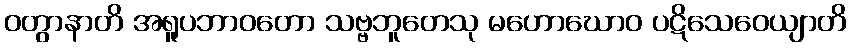
ဝတွာနာတိ အရူပဘာဝတော သဗ္ဗဘူတေသု မဟောဃောဝ ပဋိသေဝေယျာတိ